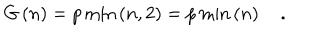
G \left( n \right) = p \min \left( n , 2 \right) = p \min \left( n \right) \quad .